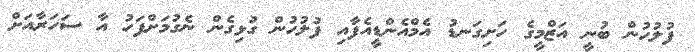
ފުލުހުން ބުނީ އަޒްމީގެ ހަށިގަނޑު އެމްއެންޑީއެފާއި ފުލުހުން ގުޅިގެން ނެގުމަށްފަހު އާ ސަހަރާއަށް